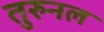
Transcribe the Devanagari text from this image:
तुरुनल